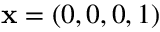
\mathbf { x } = ( 0 , 0 , 0 , 1 )